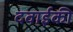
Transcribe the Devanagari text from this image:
दवाईकी